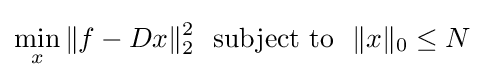
\min _{x}\|f-Dx\|_{2}^{2}\ {\text{ subject to }}\ \|x\|_{0}\leq N